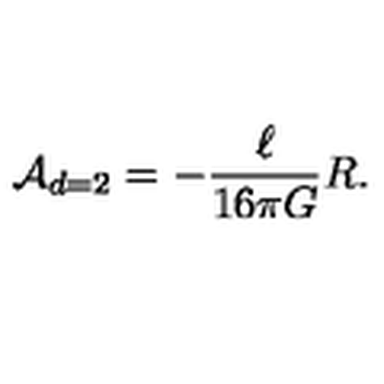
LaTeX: { \cal A } _ { d = 2 } = - \frac { \ell } { 1 6 \pi G } R .